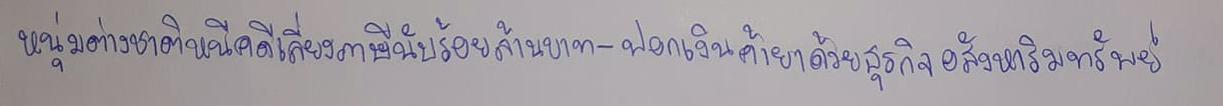
หนุ่มต่างชาติหนีคดีเลี่ยงภาษีนับร้อยล้านบาท-ฟอกเงินค้ายาด้วยธุรกิจอสังหาริมทรัพย์